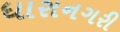
ધારાનગરી